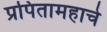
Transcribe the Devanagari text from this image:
प्रपितामहाचे